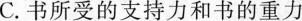
C.书所受的支持力和书的重力